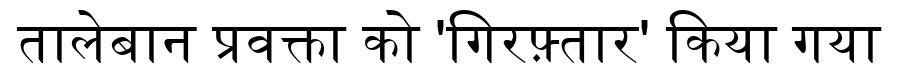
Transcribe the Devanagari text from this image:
तालेबान प्रवक्ता को 'गिरफ़्तार' किया गया